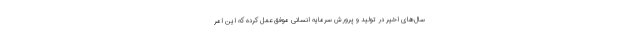
سال‌های اخیر در تولید و پرورش سرمایه انسانی موفق عمل کرده که این امر